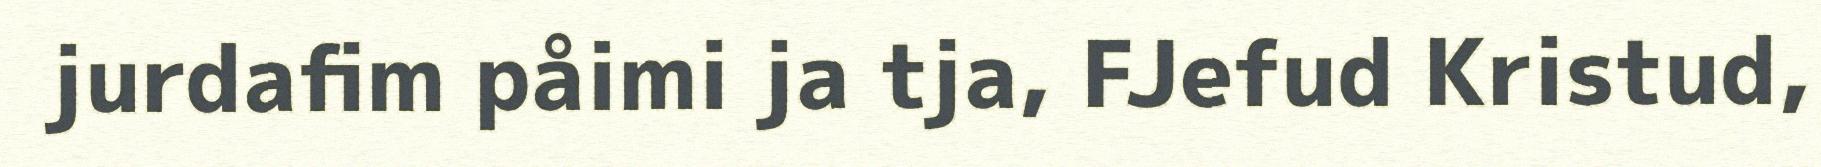
jurdafim påimi ja tja, FJefud Kristud,